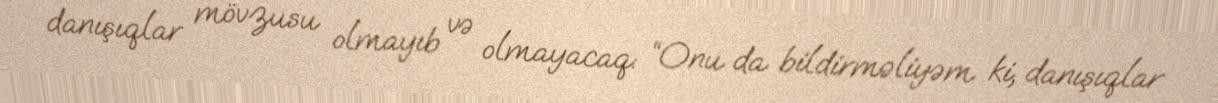
danışıqlar mövzusu olmayıb və olmayacaq: “Onu da bildirməliyəm ki, danışıqlar